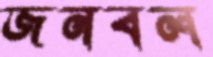
জনবল